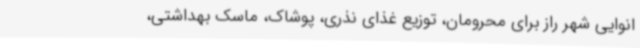
انوایی شهر راز برای محرومان، توزیع غذای نذری، پوشاک، ماسک بهداشتی،